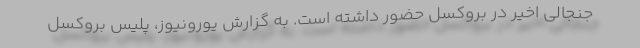
جنجالی اخیر در بروکسل حضور داشته است. به گزارش یورونیوز، پلیس بروکسل